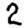
Digit: 2